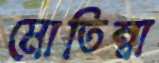
মোতিম্বা